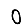
Digit: 0